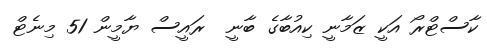
ކާސްޓްރޯ އަކީ ޒަމާނީ ކިއުބާގެ ބާނީ  ރައީސް ޔާމީން 51 މިނެޓް